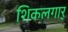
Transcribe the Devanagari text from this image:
शिकलगार्